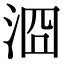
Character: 㴄